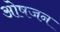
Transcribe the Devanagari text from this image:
ओषजन